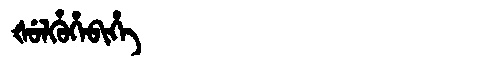
Manchu: ᡧᡠᠯᡥᡠᡥᡝᠪᡳᡥᡝ
Romanization: ŠULHUHEBIHE